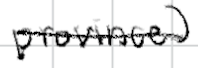
Text: province)
Cross-out: single-line
Writing tool: digital_black